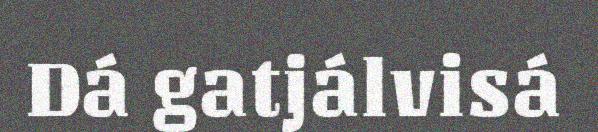
Dá gatjálvisá